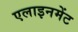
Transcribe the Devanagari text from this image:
एलाइनमेंट